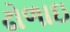
ઢોળાઇ